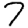
Digit: 7